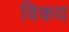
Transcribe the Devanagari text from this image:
विकय